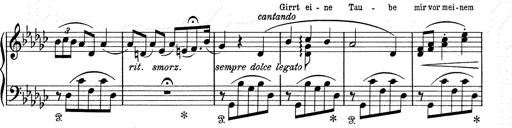
Title: 6 Polish Songs
Composer: Franz Liszt